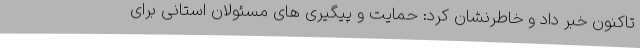
تاکنون خبر داد و خاطرنشان کرد: حمایت و پیگیری های مسئولان استانی برای